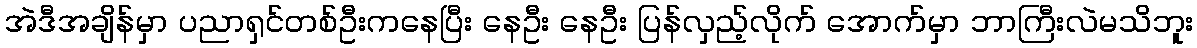
အဲဒီအချိန်မှာ ပညာရှင်တစ်ဦးကနေပြီး နေဦး နေဦး ပြန်လှည့်လိုက် အောက်မှာ ဘာကြီးလဲမသိဘူး